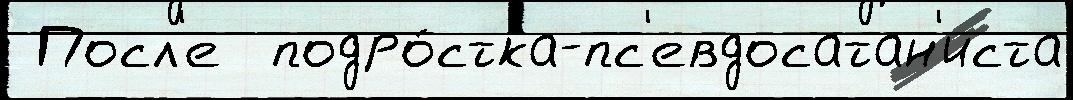
 Посл'е  подро́стка-пс'евдосатан'иста